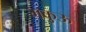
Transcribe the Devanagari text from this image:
मकुऊ